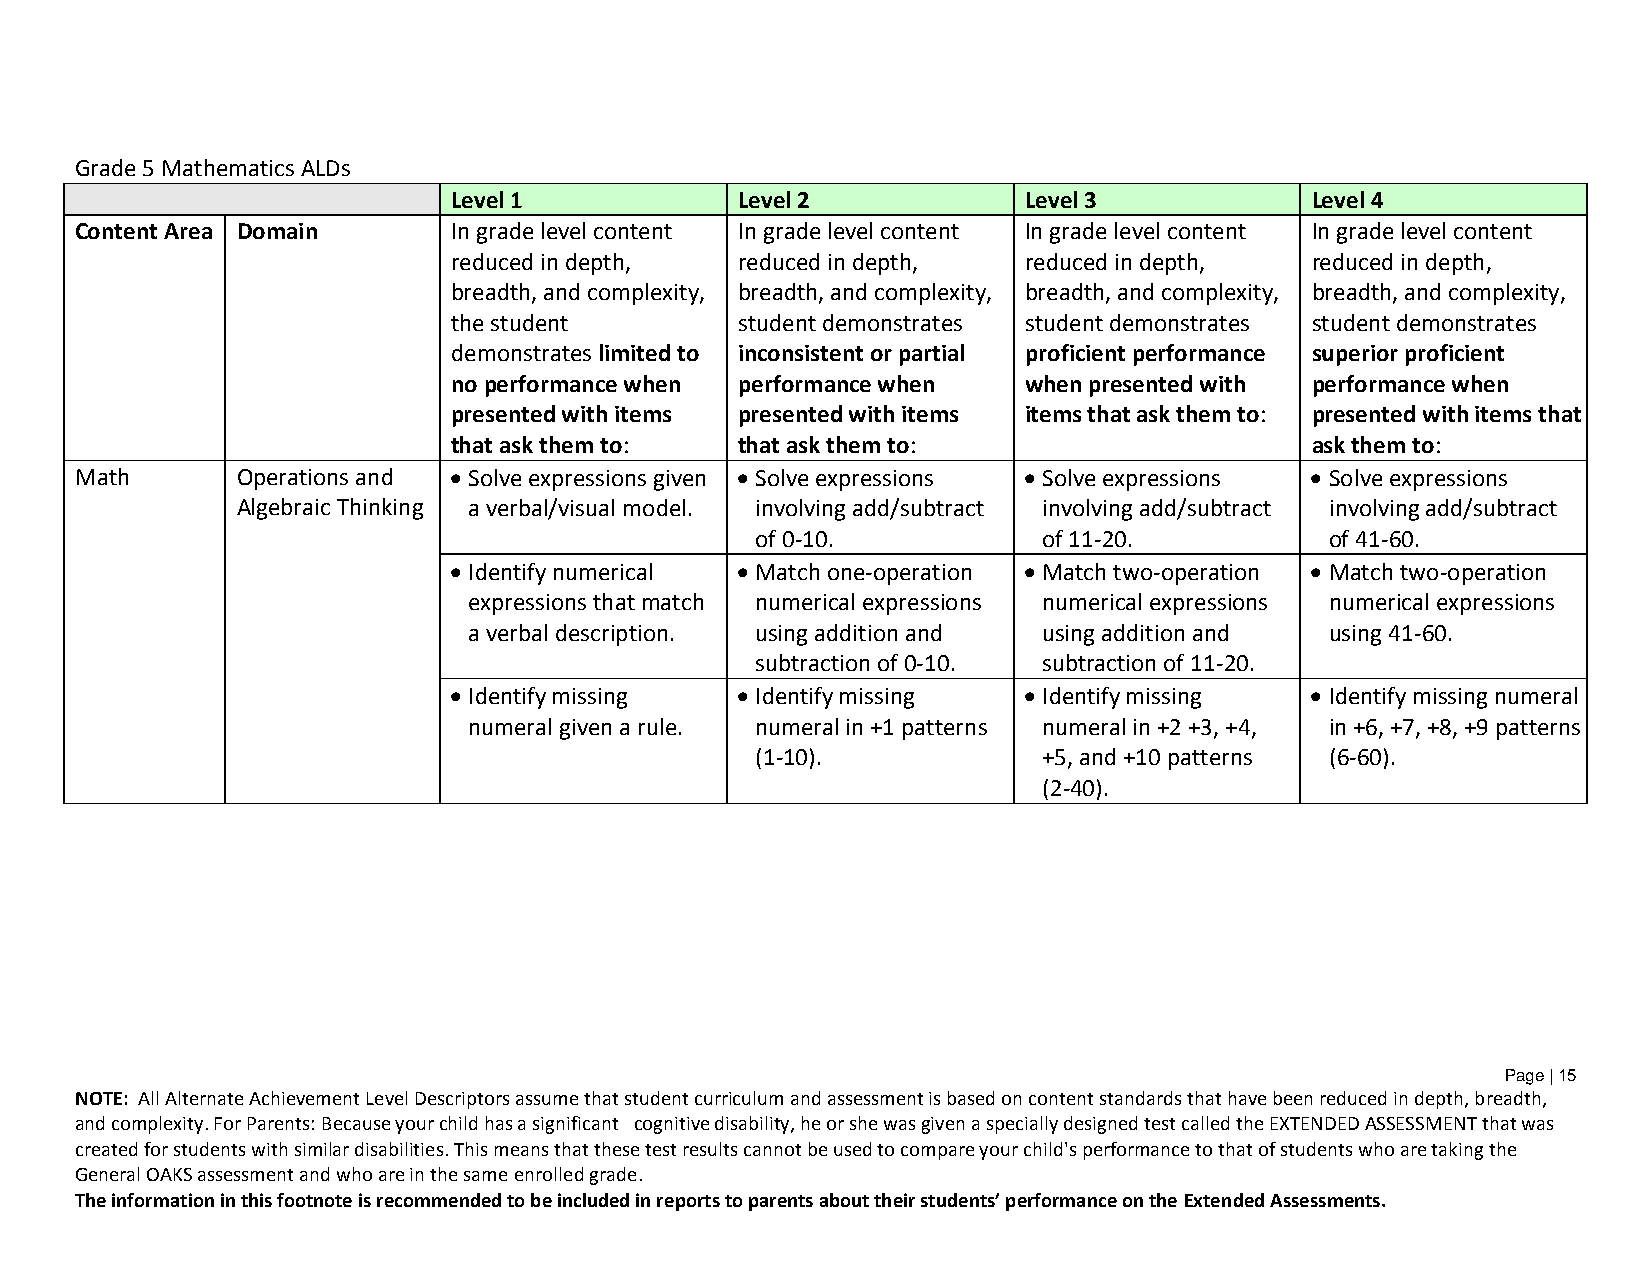
Grade 5 Mathematics ALDs
 Level 1            Level 2            Level 3            Level 4
 Content Area Domain      In grade level content In grade level content In grade level content In grade level content
 reduced in depth,  reduced in depth,  reduced in depth,  reduced in depth,
 breadth, and complexity, breadth, and complexity, breadth, and complexity, breadth, and complexity,
 the student        student demonstrates student demonstrates student demonstrates
 demonstrates limited to inconsistent or partial proficient performance superior proficient
 no performance when performance when  when presented with performance when
 presented with items presented with items items that ask them to: presented with items that
 that ask them to:  that ask them to:                     ask them to:
 Math       Operations and  Solve expressions given  Solve expressions  Solve expressions  Solve expressions
 Algebraic Thinking a verbal/visual model. involving add/subtract involving add/subtract involving add/subtract
 of 0-10.           of 11-20.          of 41-60.
  Identify numerical  Match one-operation  Match two-operation  Match two-operation
 expressions that match numerical expressions numerical expressions numerical expressions
 a verbal description. using addition and using addition and using 41-60.
 subtraction of 0-10. subtraction of 11-20.
  Identify missing  Identify missing  Identify missing  Identify missing numeral
 numeral given a rule. numeral in +1 patterns numeral in +2 +3, +4, in +6, +7, +8, +9 patterns
 (1-10).            +5, and +10 patterns (6-60).
 (2-40).
 Page | 15
 NOTE: All Alternate Achievement Level Descriptors assume that student curriculum and assessment is based on content standards that have been reduced in depth, breadth,
 and complexity. For Parents: Because your child has a significant cognitive disability, he or she was given a specially designed test called the EXTENDED ASSESSMENT that was
 created for students with similar disabilities. This means that these test results cannot be used to compare your child's performance to that of students who are taking the
 General OAKS assessment and who are in the same enrolled grade.
 The information in this footnote is recommended to be included in reports to parents about their students’ performance on the Extended Assessments.